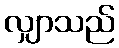
လျှာသည်